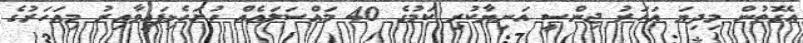
އެގޮތުން މިދިޔަ އަހަރު ޖިންސީ އަނިޔާކުރި ކަމުގެ 40 މައްސަލައެއް ހުށަހެޅިފައިވާއިރު މިއަހަރުގެ